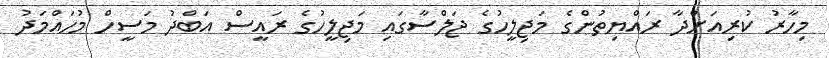
މިހާރު ކުރިއަށްދާ ރައްޔިތުންގެ މަޖިލީހުގެ ޖަލްސާގައި މަޖިލީހުގެ ރައީސް އަބްދު މަސީހް މުހައްމަދު